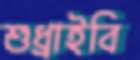
শুধ্‌রাইবি